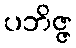
ပဘိဇ္ဇ